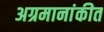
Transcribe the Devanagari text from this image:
अग्रमानांकीत